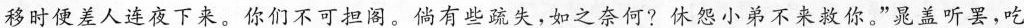
移时便差人连夜下来。你们不可担阁。倘有些疏失，如之奈何?休怨小弟不来救你。”晁盖听罢，吃